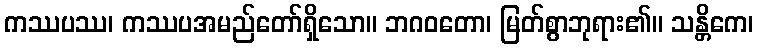
ကဿပဿ၊ ကဿပအမည်တော်ရှိသော။ ဘဂဝတော၊ မြတ်စွာဘုရား၏။ သန္တိကေ၊